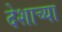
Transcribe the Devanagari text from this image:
देशाच्‍या